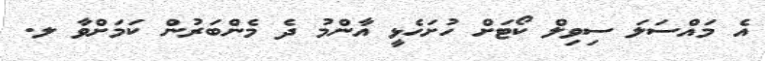
އެ މައްސަލަ ސިވިލް ކޯޓަށް ހުށަހެޅީ އާންމު ދެ މެންބަރުން ކަމަށްވާ ލ.